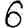
Digit: 6